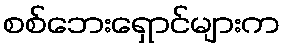
စစ်ဘေးရှောင်များက